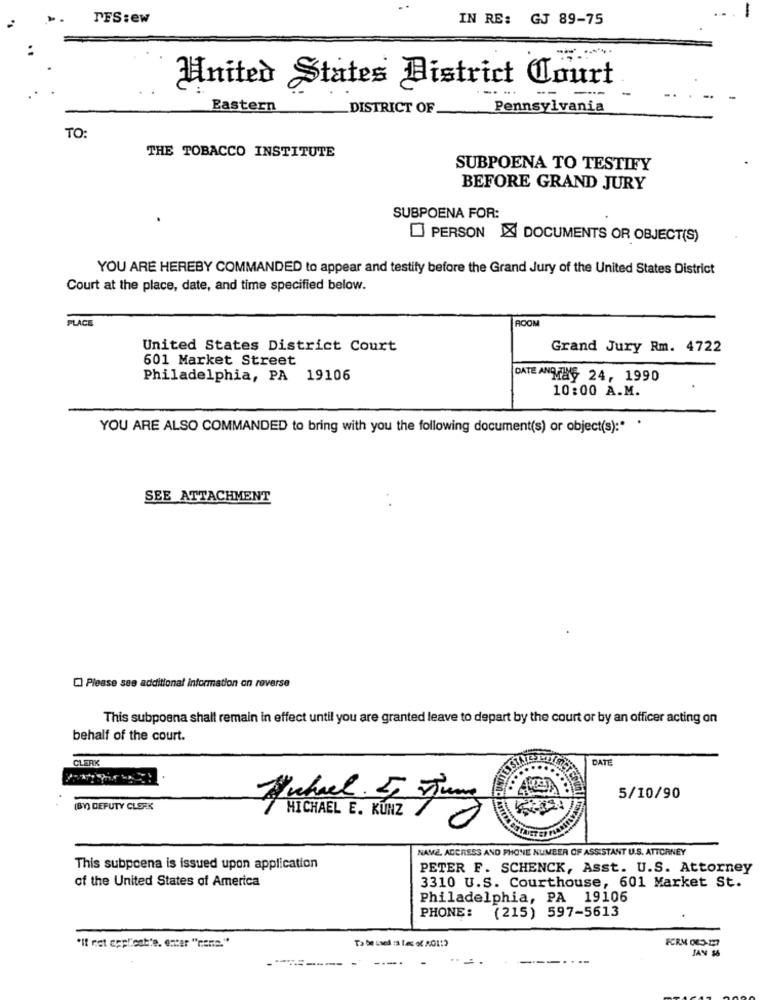
FFS: ew
IN RE: GJ 89-75
United States District Court
Eastern
DISTRICT OF
Pennsylvania
TO:
THE TOBACCO INSTITUTE
SUBPOENA TO TESTIFY
BEFORE GRAND JURY
SUBPOENA FOR:
PERSON X DOCUMENTS OR OBJECT(S)
YOU ARE HEREBY COMMANDED to appear and testify before the Grand Jury of the United States District
Court at the place, date, and time specified below.
PLACE
ROOM
United States District Court
Grand Jury Rm. 4722
601 Market Street
Philadelphia, PA 19106
DATE ANDTHE 24, 1990
10:00 A.M.
YOU ARE ALSO COMMANDED to bring with you the following document(s) or object(s):"
SEE ATTACHMENT
Please see additional information on reverse
This subpoena shall remain in effect until you are granted leave to depart by the court or by an officer acting on
behalf of the court.
CLERK
DATE
5/10/90
(BY) DEPUTY CLERK
Juhael & Jung
MICHAEL E. KUNZ 7
NAME, ADDRESS AND PHONE NUMBER OF ASSISTANT U.S. ATTORNEY
This subpoena is issued upon application
PETER F. SCHENCK, Asst. U.S. Attorney
of the United States of America
3310 U.S. Courthouse, 601 Market St.
Philadelphia, PA 19106
PHONE:
(215) 597-5613
To be used :s tes of 20112
FORM OF5-27
"If net appl'est"e. enter "name."
JAN $6